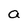
Character: a